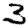
Digit: 3